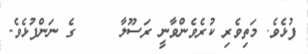
ފުޅެވެ. މަތިވެރި ކުރެވެންވާނީ ރަސޫލާ     ގެ ނަންފުޅެވެ.